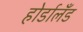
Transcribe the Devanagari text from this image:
होर्डालँड